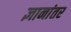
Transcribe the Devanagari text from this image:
ज्ञानांतर